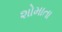
શોમાતા